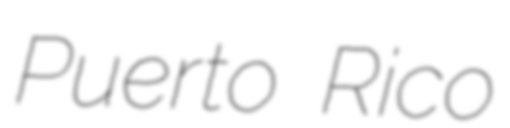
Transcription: Puerto Rico